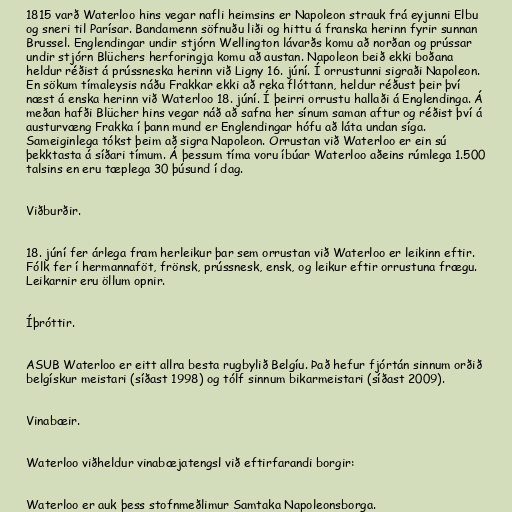
1815 varð Waterloo hins vegar nafli heimsins er Napoleon strauk frá eyjunni Elbu
og sneri til Parísar. Bandamenn söfnuðu liði og hittu á franska herinn fyrir sunnan
Brussel. Englendingar undir stjórn Wellington lávarðs komu að norðan og prússar
undir stjórn Blüchers herforingja komu að austan. Napoleon beið ekki boðana
heldur réðist á prússneska herinn við Ligny 16. júní. Í orrustunni sigraði Napoleon.
En sökum tímaleysis náðu Frakkar ekki að reka flóttann, heldur réðust þeir því
næst á enska herinn við Waterloo 18. júní. Í þeirri orrustu hallaði á Englendinga. Á
meðan hafði Blücher hins vegar náð að safna her sínum saman aftur og réðist því á
austurvæng Frakka í þann mund er Englendingar hófu að láta undan síga.
Sameiginlega tókst þeim að sigra Napoleon. Orrustan við Waterloo er ein sú
þekktasta á síðari tímum. Á þessum tíma voru íbúar Waterloo aðeins rúmlega 1.500
talsins en eru tæplega 30 þúsund í dag.

Viðburðir.

18. júní fer árlega fram herleikur þar sem orrustan við Waterloo er leikinn eftir.
Fólk fer í hermannaföt, frönsk, prússnesk, ensk, og leikur eftir orrustuna frægu.
Leikarnir eru öllum opnir.

Íþróttir.

ASUB Waterloo er eitt allra besta rugbylið Belgíu. Það hefur fjórtán sinnum orðið
belgískur meistari (síðast 1998) og tólf sinnum bikarmeistari (síðast 2009).

Vinabæir.

Waterloo viðheldur vinabæjatengsl við eftirfarandi borgir:

Waterloo er auk þess stofnmeðlimur Samtaka Napoleonsborga.